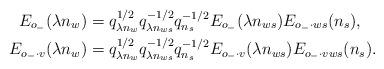
LaTeX: \begin{align*}E_{o_-}(\lambda n_w) & = q_{\lambda n_w}^{1/2}q_{\lambda n_{ws}}^{-1/2}q_{n_s}^{-1/2}E_{o_-}(\lambda n_{ws})E_{o_-\cdot ws}(n_s),\\E_{o_-\cdot v}(\lambda n_w) & = q_{\lambda n_w}^{1/2}q_{\lambda n_{ws}}^{-1/2}q_{n_s}^{-1/2}E_{o_-\cdot v}(\lambda n_{ws})E_{o_-\cdot vws}(n_s).\end{align*}